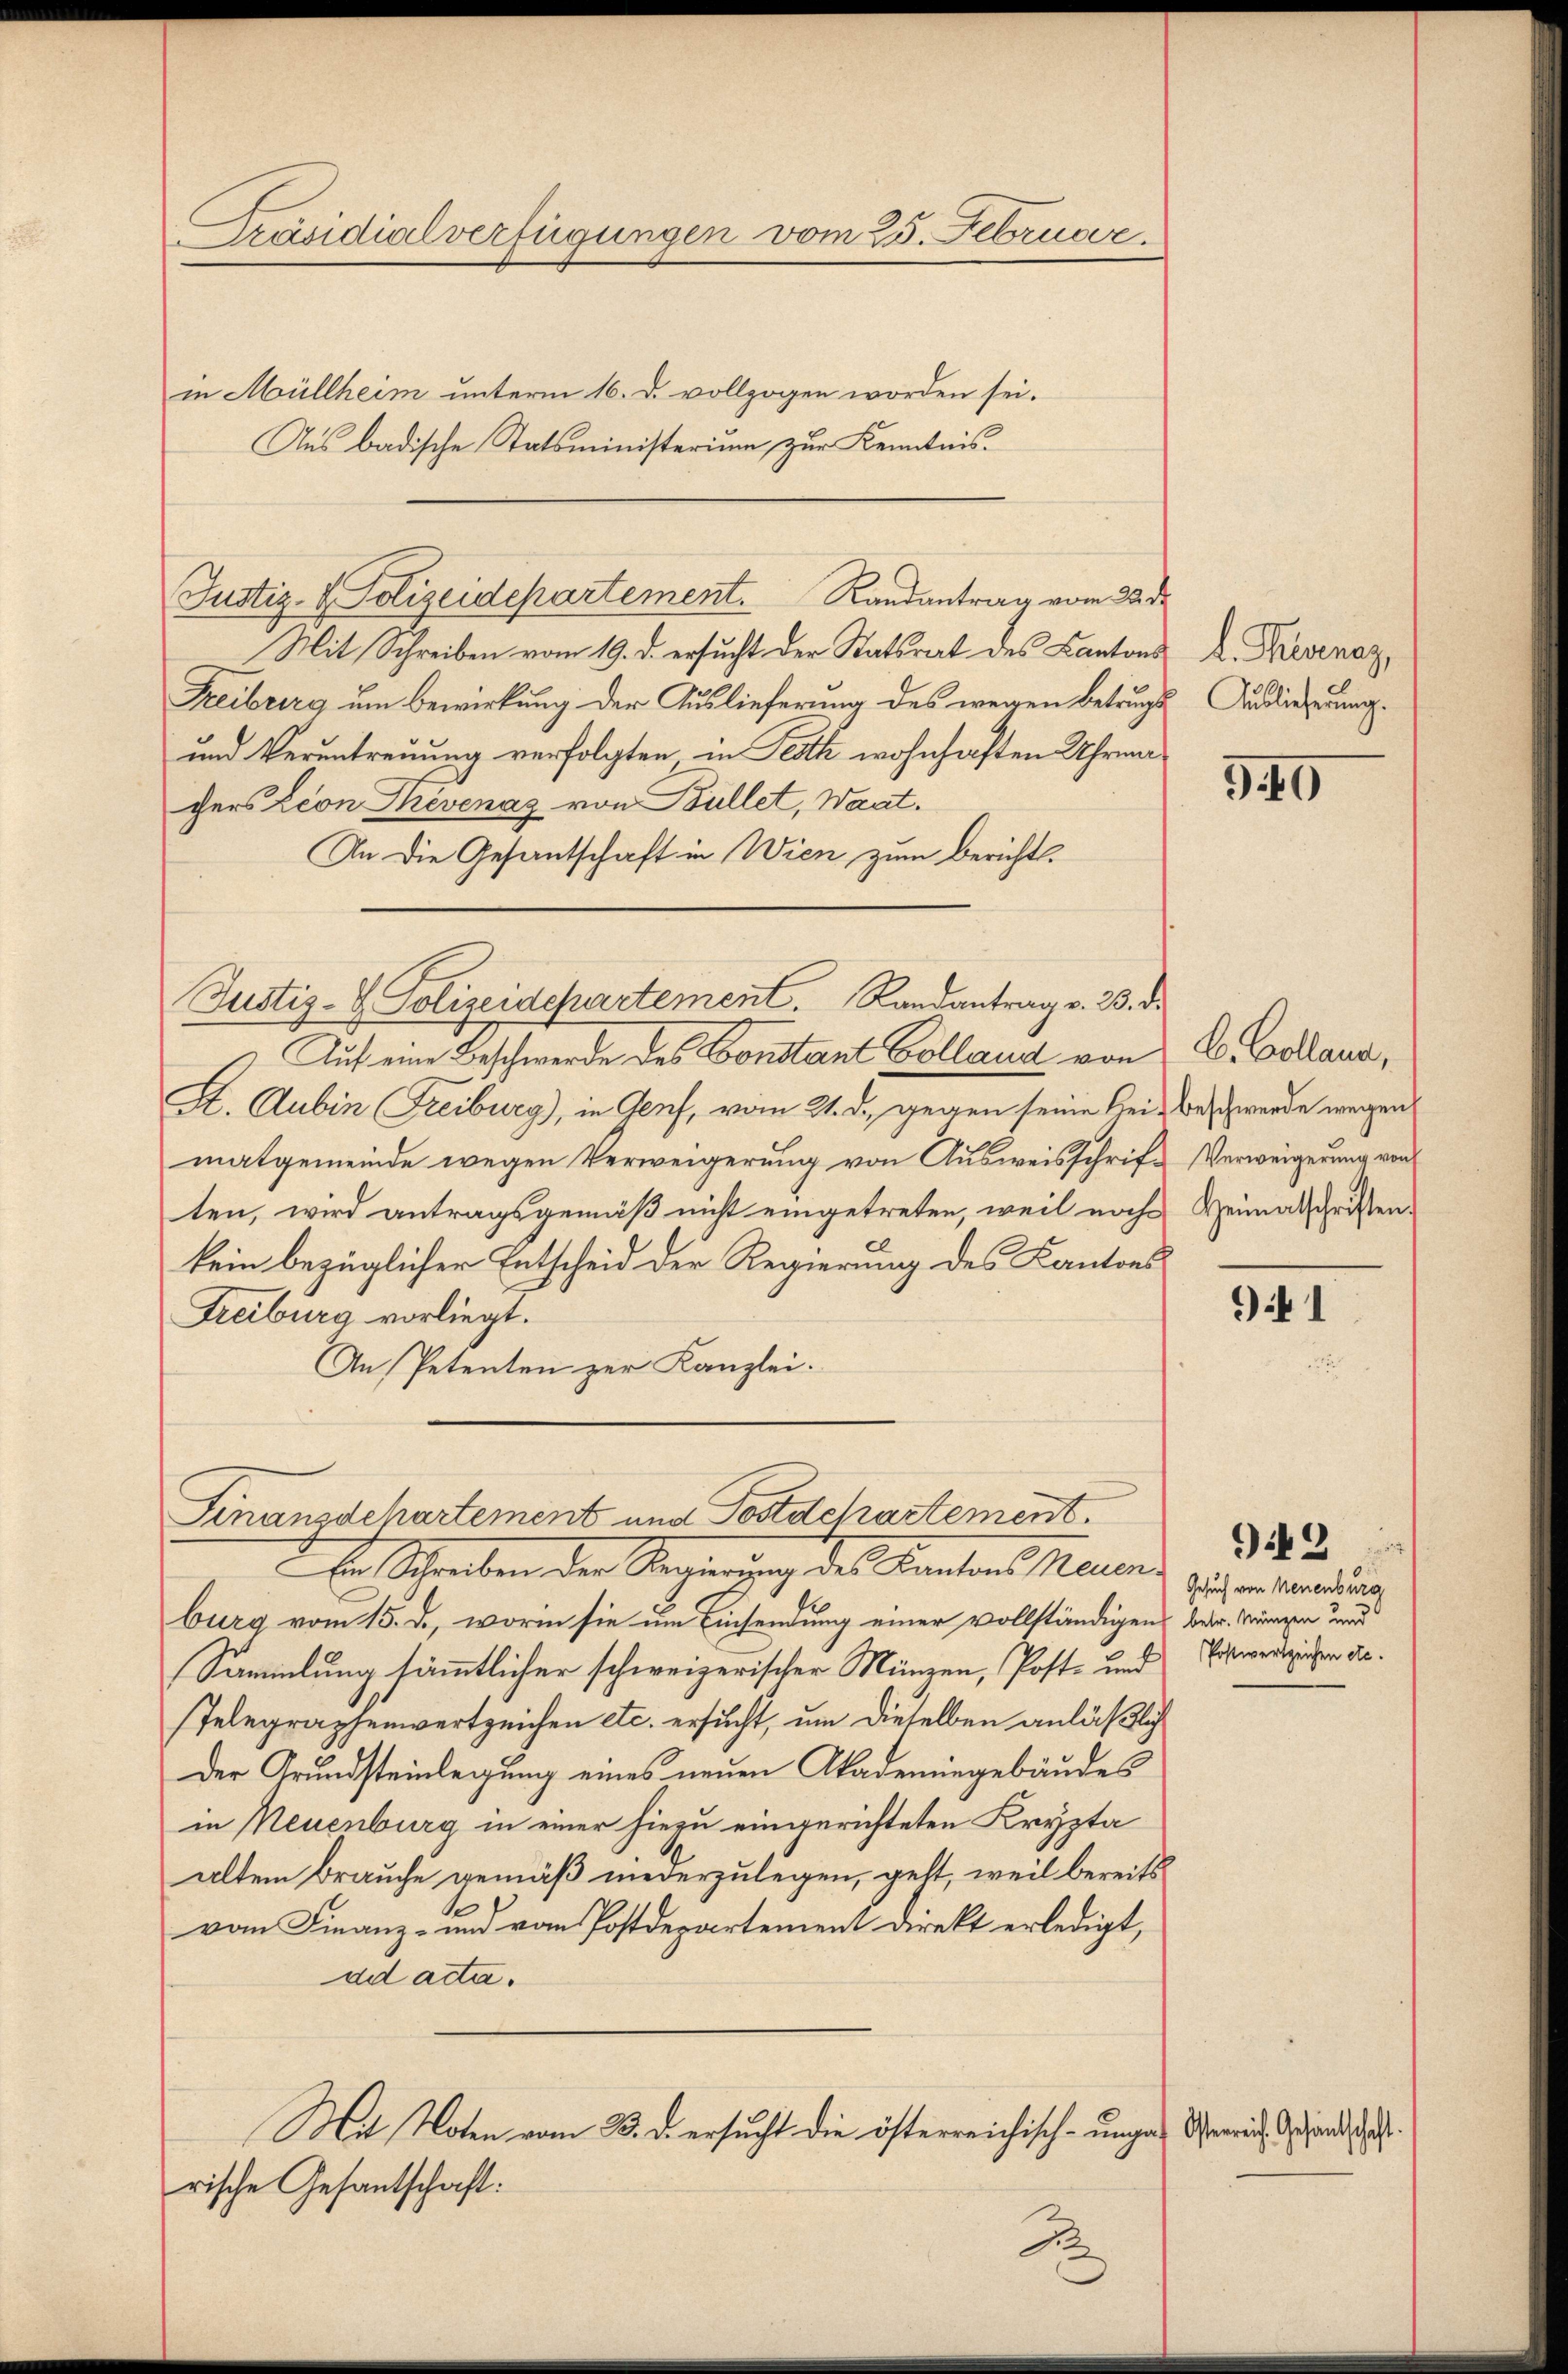
Präsidialverfügungen vom 25. Februar.

Aus badische Statsministerium zur Kenntnis.

in Müllheim unterm 16. d. vollzogen worden sei.

Mit Schreiben vom 19. d. ersucht der Statsrat des Kantons
Freiburg um Bewirkung der Auslieferung des wegen Betrugs Auslieferung.
und Veruntreuung verfolgten in Teath wohnhaften Uhrmachers Leon Revenas von Büllet, Waat.
An die Gesantschaft in Wien zum Bericht¬
Justiz- & Polizeidepartement. Randantrag v. 23. d.
Auf eine Beschwerde des Constant Colland von
St. Aubin Freiburg), in Genf, vom 21. d. gegen seine Hei-Beschwerde wegen
matgemeinde wegen Verweigerung von Ausweisschriften, wird antragsgemäß nicht eingetreten, weil noch
kein bezüglicher Entscheid der Regierung des Kantons
Treiburg vorliegt.
An Petenten zur Kanzlei.

Justiz- & Polizeidepartement. Randantrag vom 28. d.

burg vom 15. d., worin sie um Einsendung einer vollständigen betr. Münzen und
Sammlung sämmtlicher schweizerischer Münzen, Post- und
Telegraphenwertzeichen etc. ersucht, um dieselben anläßlich
Der Grundsteinlegung eines neuen Akademingebäudes
in Neuenburg in einer hiezu eingerichteten Krypta
altem Brauche gemäß niederzulegen, geht, weil bereits
vom Finanz- und vom Postdepartement direkt erledigt,
ad acta.
Mit Noten vom 23. d. ersucht die österreichisch-ungen Gerich, das andes
rische Gesantschaft:
B

Finanzdehartement und Postdchartement.
Er Schreiben der Regierung des Kantons Mauer

L. Kernez,

90

B. Colland,
Verweigerung von
Heimatschriften.

i 1

Gesuch von Neuenburg
(Postwertzeichen etc.

92